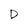
Character: D